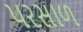
પરસાળ